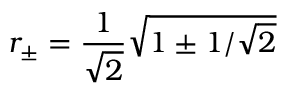
r _ { \pm } = \frac { 1 } { \sqrt { 2 } } \sqrt { 1 \pm 1 / \sqrt { 2 } }